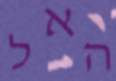
האל